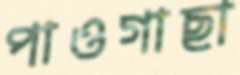
পাওগাছা